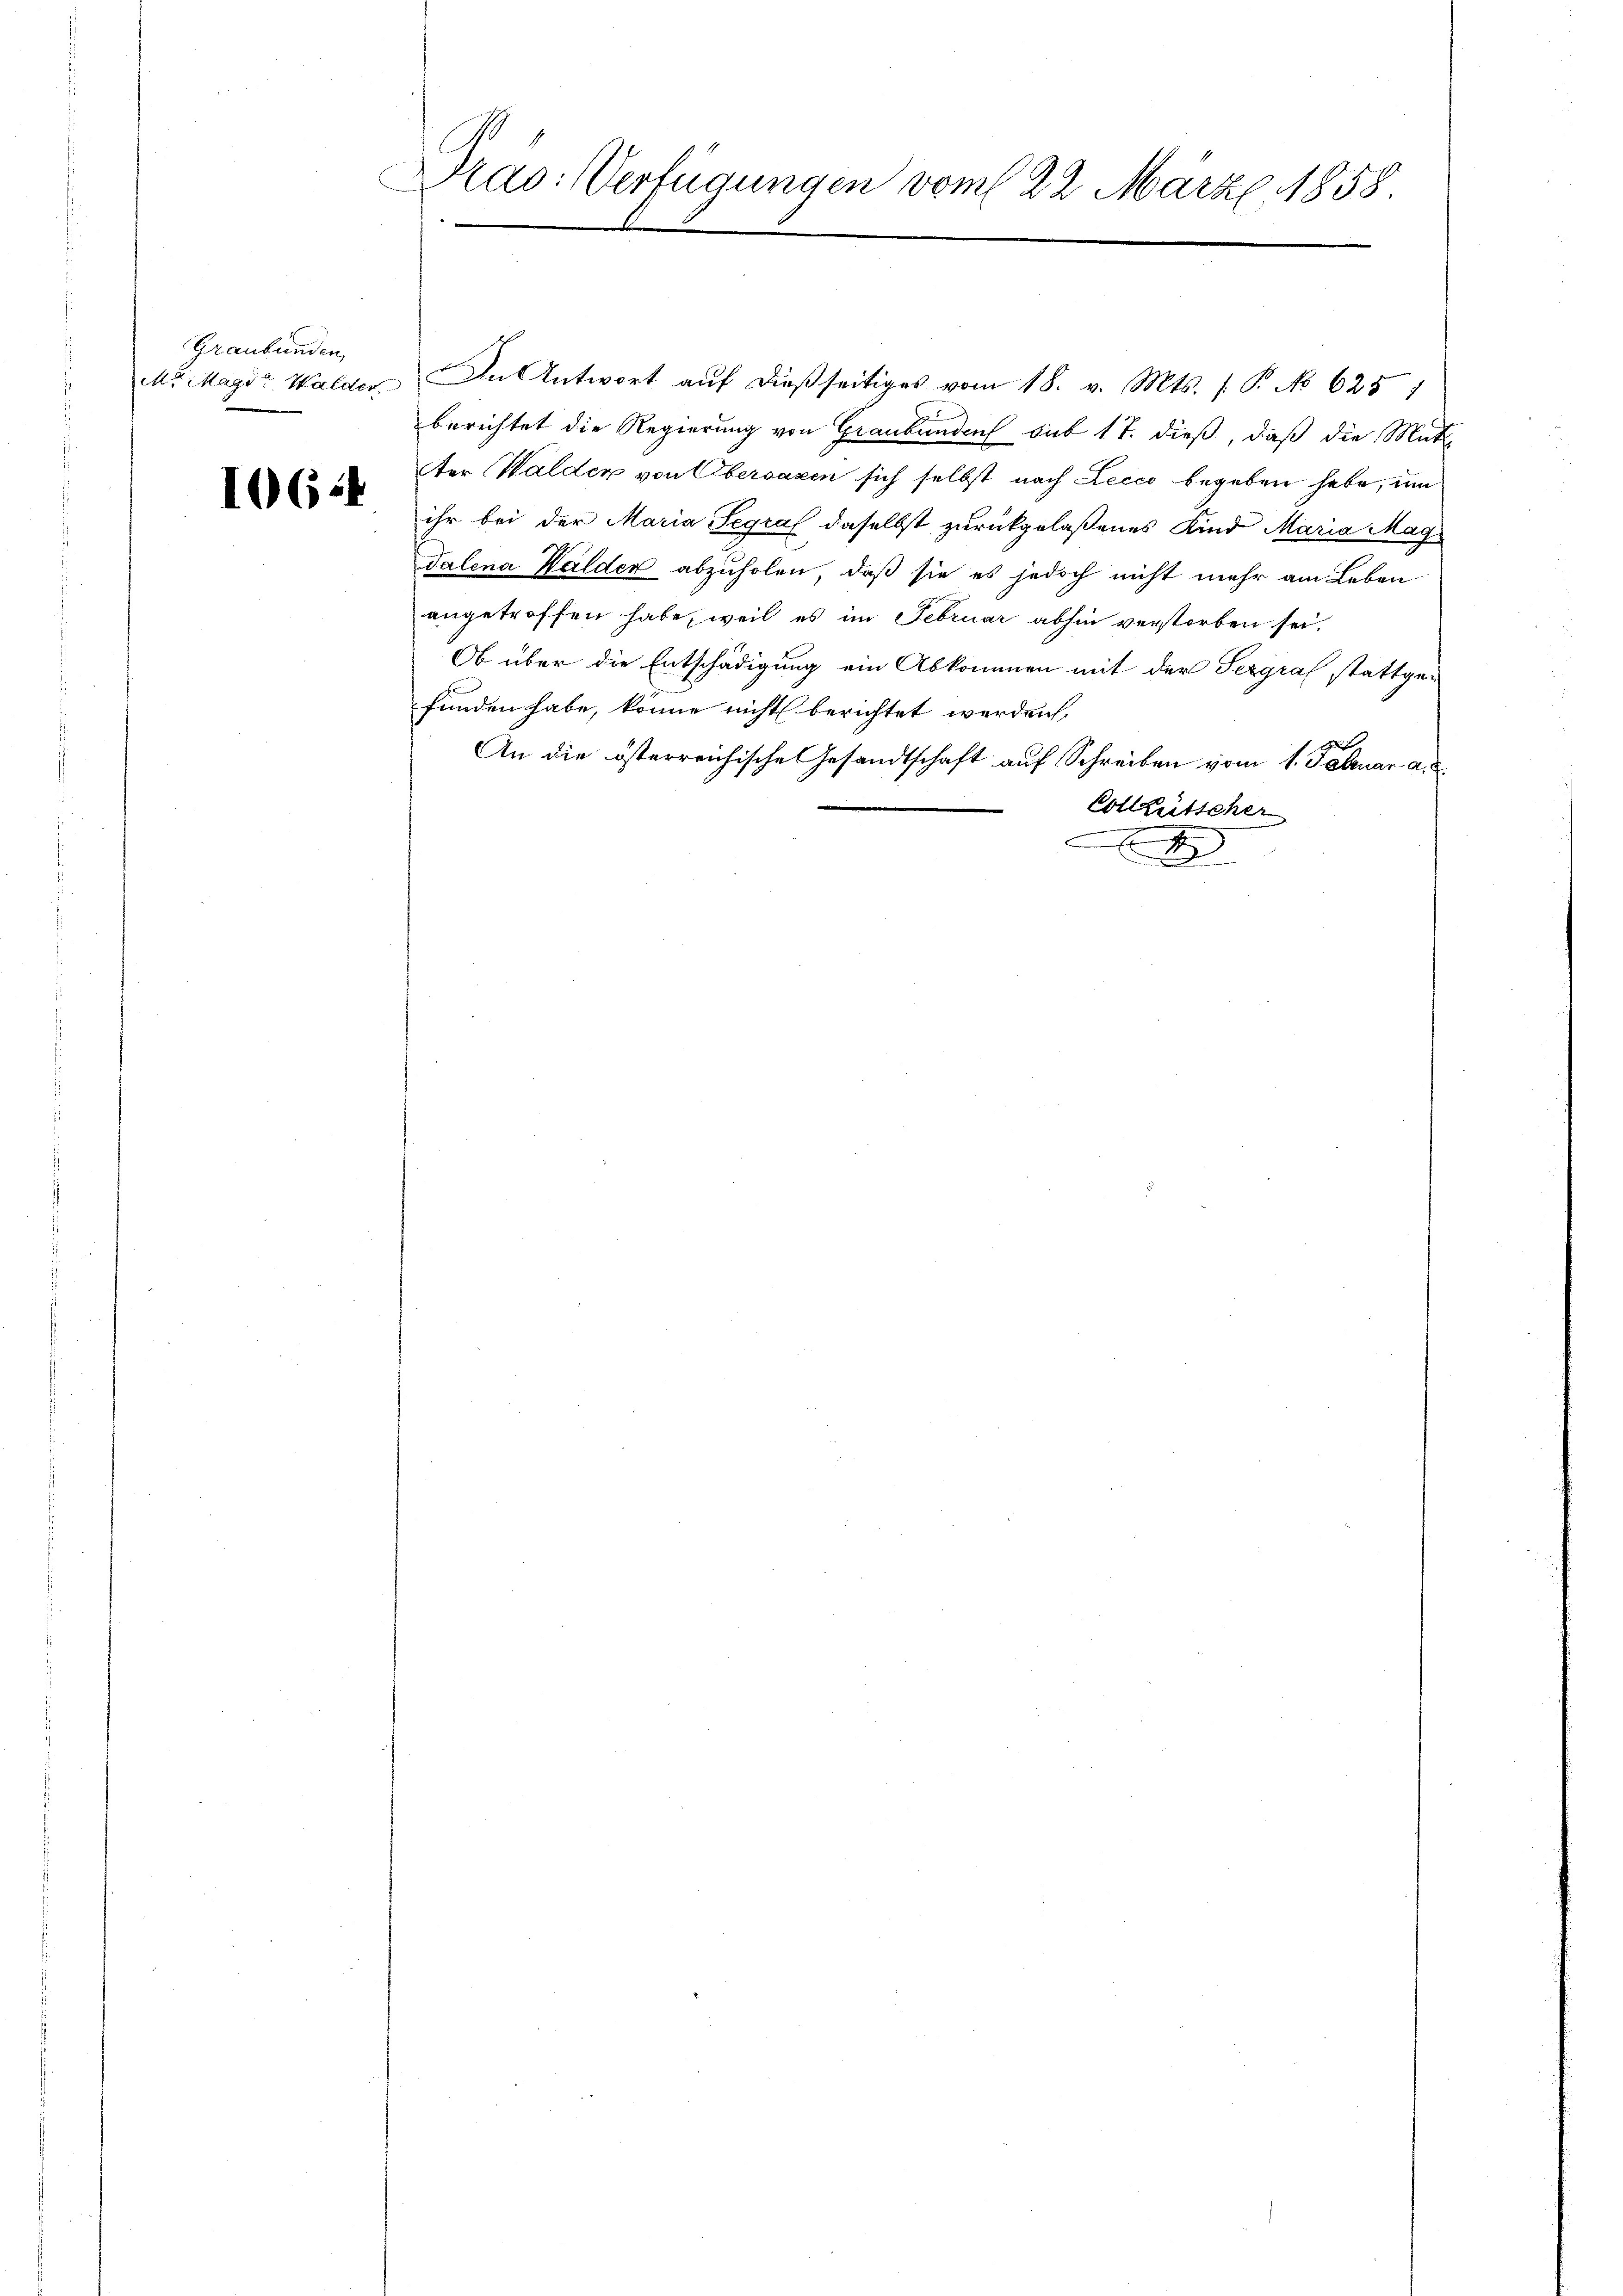
Graubünden,

1064

Dras: Verfügungen vom 22. März 1858.

M. Magd Walder In Antwort aŭf dießseitiges vom 18. v. Mts. (: P. No 625 1
berichtet die Regierung von Graubünden sub 17. dieß, daß die Mut-
Aer Walder von Obersagen sich selbst nach Lecco begeben habe, um
ihr bei der Maria Segral daselbst zurückgelaßenes Kind Maria Mag
Talena Halder abzuholen, daß sie es jedoch nicht mehr am Leben
angetroffen habe, weil es im Februar abhin verstorben sei.
Ob über die Entschädigung ein Abkommen mit der Sergraf stattgefunden habe, könne nicht berichtet werden,
An die österreichische Gesandtschaft auf Schreiben vom 1. Februar a.
Collaritscher
x